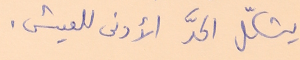
يشكّل الحدَّ الأدنى للعيش.